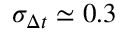
\sigma _ { \Delta t } \simeq 0 . 3